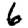
Digit: 6